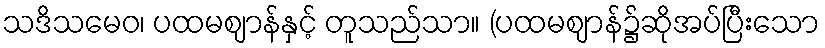
သဒိသမေဝ၊ ပထမဈာန်နှင့် တူသည်သာ။ (ပထမဈာန်၌ဆိုအပ်ပြီးသော